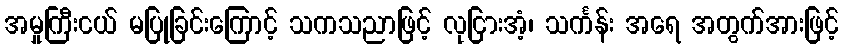
အမှုကြီးငယ် မပြုခြင်းကြောင့် သကသညာဖြင့် လုငြားအံ့၊ သင်္ကန်း အရေ အတွက်အားဖြင့်